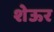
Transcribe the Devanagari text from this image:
शेऊर